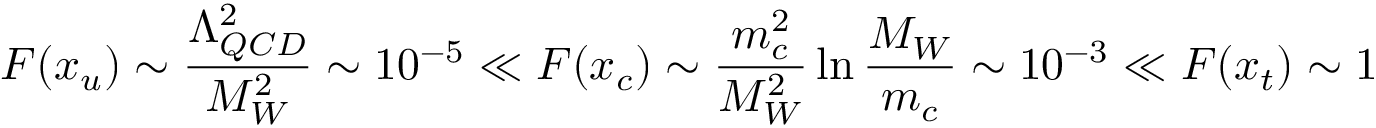
F ( x _ { u } ) \sim \frac { \Lambda _ { Q C D } ^ { 2 } } { M _ { W } ^ { 2 } } \sim 1 0 ^ { - 5 } \ll F ( x _ { c } ) \sim \frac { m _ { c } ^ { 2 } } { M _ { W } ^ { 2 } } \ln \frac { M _ { W } } { m _ { c } } \sim 1 0 ^ { - 3 } \ll F ( x _ { t } ) \sim 1